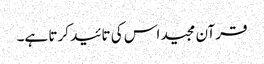
قرآن مجید اس کی تائید کرتا ہے۔